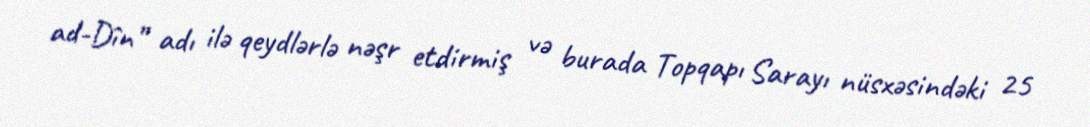
ad-Dîn” adı ilə qeydlərlə nəşr etdirmiş və burada Topqapı Sarayı nüsxəsindəki 25